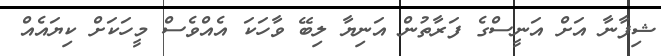
ޝިފާނާ އަށް އަނީސްގެ ފަރާތުން އަނިޔާ ލިބޭ ވާހަކަ އެއްވެސް މީހަކަށް ކިޔައެއް